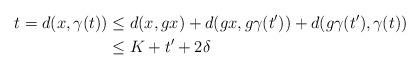
LaTeX: \begin{align*} t = d(x, \gamma (t)) &\leq d(x, gx) + d(gx, g \gamma (t')) + d(g \gamma (t'), \gamma (t)) \\ &\leq K + t' + 2 \delta \end{align*}